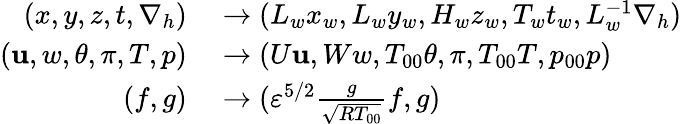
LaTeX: \begin{array}{rl}{(x,y,z,t,\nabla_{h})}&{{}\rightarrow(L_{w}x_{w},L_{w}y_{w},H_{w}z_{w},T_{w}t_{w},L_{w}^{-1}\nabla_{h})}\\ {(\mathbf{u},w,\theta,\pi,T,p)}&{{}\rightarrow(U\mathbf{u},Ww,T_{00}\theta,\pi,T_{00}T,p_{00}p)}\\ {(f,g)}&{{}\rightarrow({\varepsilon}^{5/2}\frac{g}{\sqrt{RT_{00}}}f,g)}\end{array}